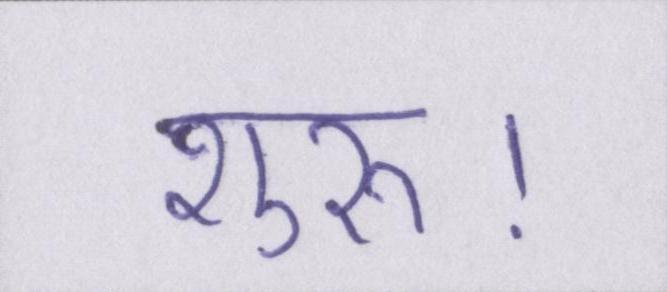
शुरू।